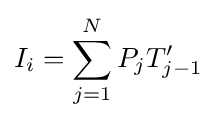
I_{i}=\sum _{j=1}^{N}P_{j}T'_{j-1}